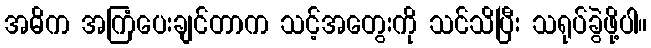
အဓိက အကြံပေးချင်တာက သင့်အတွေးကို သင်သိပြီး သရုပ်ခွဲဖို့ပါ။